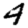
Digit: 4